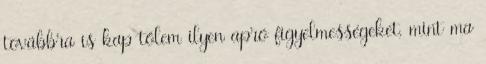
továbbra is kap tőlem ilyen apró figyelmességeket, mint ma